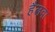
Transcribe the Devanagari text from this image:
हैलवा